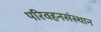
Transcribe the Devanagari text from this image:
परिवहनसंस्थान